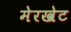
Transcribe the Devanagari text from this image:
मेरखेट